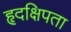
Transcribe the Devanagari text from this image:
हृदक्षिपता